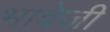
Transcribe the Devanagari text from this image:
भावेजी